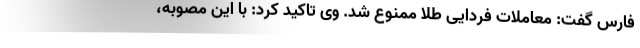
فارس گفت: معاملات فردایی طلا ممنوع شد. وی تاکید کرد: با این مصوبه،